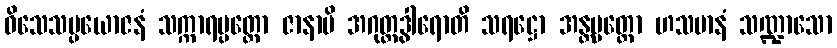
ဝိသေသပ္ပယောဇနံ သက္ကာရပ္ပတ္တော ဇာနာမိ အဂုတ္တဒွါရောတိ သရဋ္ဌော အန္တပ္ပတ္တော ဟသမာနံ သဏ္ဍာသော